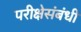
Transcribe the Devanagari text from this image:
परीक्षेसंबंधी